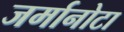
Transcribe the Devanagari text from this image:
जर्मानोटा